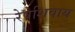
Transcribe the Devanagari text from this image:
रेषेशिवाय